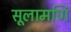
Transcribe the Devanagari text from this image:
सूलामणि